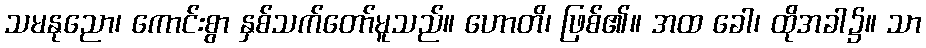
သမနုညော၊ ကောင်းစွာ နှစ်သက်တော်မူသည်။ ဟောတိ၊ ဖြစ်၏။ အထ ခေါ၊ ထိုအခါ၌။ သာ